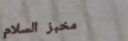
مخبز السلام